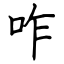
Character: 咋